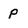
Character: p